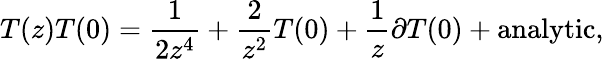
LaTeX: T(z)T(0)=\frac{1}{2z^{4}}+\frac{2}{z^{2}}T(0)+\frac{1}{z}\partial T(0)+\mathrm{analytic},